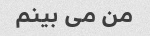
من می بینم